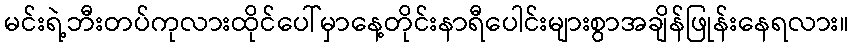
မင်းရဲ့ဘီးတပ်ကုလားထိုင်ပေါ်မှာနေ့တိုင်းနာရီပေါင်းများစွာအချိန်ဖြုန်းနေရလား။